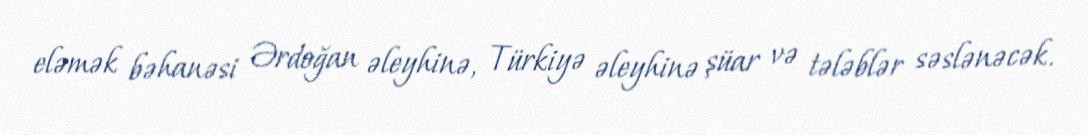
eləmək bəhanəsi Ərdoğan əleyhinə, Türkiyə əleyhinə şüar və tələblər səslənəcək.